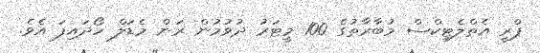
ޕްރީ އެތްލެޓިކްސް މުބާރާތުގެ 100 މީޓަރު ދުވުމުން ރަން މެޑަލް ހޯދައިފަ އެވެ.